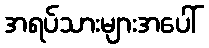
အရပ်သားများအပေါ်